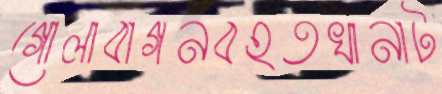
গোলাবাগনবহতখানাট